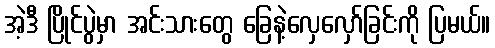
အဲ့ဒီ ပြိုင်ပွဲမှာ အင်းသားတွေ ခြေနဲ့လှေလှော်ခြင်းကို ပြမယ်။